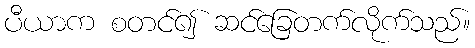
ပီယာက စတင်၍ ဆင်ခြေတက်လိုက်သည်။